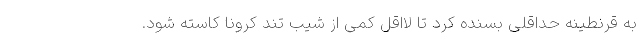
به قرنطینه حداقلی بسنده کرد تا لااقل کمی از شیب تند کرونا کاسته شود.